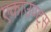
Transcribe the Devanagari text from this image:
एकाउण्‍ट्स